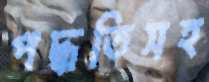
পদ্ধতিসহ